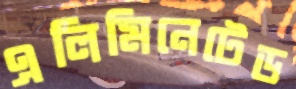
এলিমিনেটেড